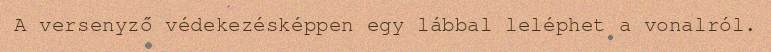
A versenyző védekezésképpen egy lábbal leléphet a vonalról.